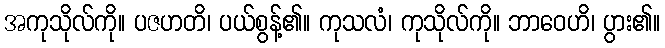
အကုသိုလ်ကို။ ပဇဟတိ၊ ပယ်စွန့်၏။ ကုသလံ၊ ကုသိုလ်ကို။ ဘာဝေဟိ၊ ပွား၏။